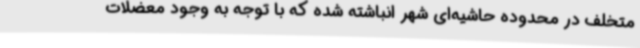
متخلف در محدوده حاشیه‌ای شهر انباشته شده که با توجه به وجود معضلات